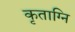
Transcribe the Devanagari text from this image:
कृताग्नि